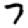
Digit: 7